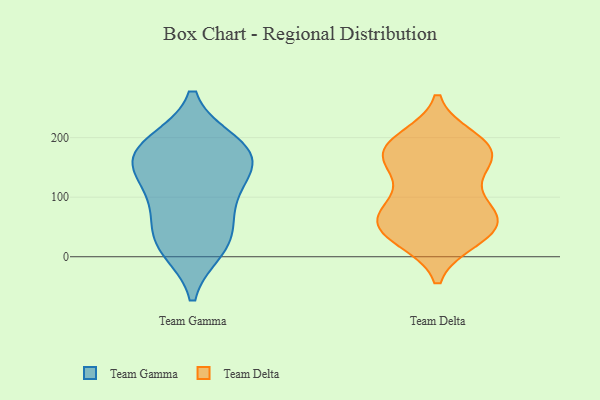
{"axis": {"x": "Demand Index", "y": "Value"}, "legend": ["Team Delta", "Team Gamma"], "data": [{"x": "", "y": 28, "type": "Team Gamma"}, {"x": "", "y": 169, "type": "Team Gamma"}, {"x": "", "y": 188, "type": "Team Gamma"}, {"x": "", "y": 176, "type": "Team Gamma"}, {"x": "", "y": 171, "type": "Team Gamma"}, {"x": "", "y": 103, "type": "Team Gamma"}, {"x": "", "y": 37, "type": "Team Gamma"}, {"x": "", "y": 100, "type": "Team Gamma"}, {"x": "", "y": 151, "type": "Team Gamma"}, {"x": "", "y": 16, "type": "Team Gamma"}, {"x": "", "y": 43, "type": "Team Delta"}, {"x": "", "y": 171, "type": "Team Delta"}, {"x": "", "y": 141, "type": "Team Delta"}, {"x": "", "y": 60, "type": "Team Delta"}, {"x": "", "y": 29, "type": "Team Delta"}, {"x": "", "y": 174, "type": "Team Delta"}, {"x": "", "y": 90, "type": "Team Delta"}, {"x": "", "y": 178, "type": "Team Delta"}, {"x": "", "y": 78, "type": "Team Delta"}, {"x": "", "y": 137, "type": "Team Delta"}, {"x": "", "y": 195, "type": "Team Delta"}, {"x": "", "y": 69, "type": "Team Delta"}, {"x": "", "y": 74, "type": "Team Delta"}, {"x": "", "y": 30, "type": "Team Delta"}, {"x": "", "y": 184, "type": "Team Delta"}, {"x": "", "y": 198, "type": "Team Delta"}, {"x": "", "y": 36, "type": "Team Delta"}, {"x": "", "y": 60, "type": "Team Delta"}, {"x": "", "y": 167, "type": "Team Delta"}]}